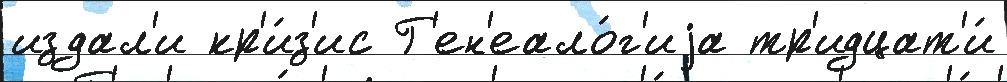
издал'и кр'и́з'ис Г'ен'еало́г'иjа тр'идцат'и́